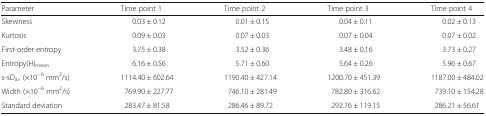
<table><thead><tr><td><b>Parameter</b></td><td><b>Time point 1</b></td><td><b>Time point 2</b></td><td><b>Time point 3</b></td><td><b>Time point 4</b></td></tr></thead><tbody><tr><td>Skewness</td><td>0.03 ± 0.12</td><td>0.01 ± 0.15</td><td>0.04 ± 0.11</td><td>0.02 ± 0.13</td></tr><tr><td>Kurtosis</td><td>0.09 ± 0.03</td><td>0.07 ± 0.03</td><td>0.07 ± 0.04</td><td>0.07 ± 0.02</td></tr><tr><td>First-order entropy</td><td>3.75 ± 0.38</td><td>3.52 ± 0.36</td><td>3.48 ± 0.16</td><td>3.73 ± 0.27</td></tr><tr><td>Entropy(H)<sub>mean</sub></td><td>6.16 ± 0.56</td><td>5.71 ± 0.60</td><td>5.64 ± 0.26</td><td>5.96 ± 0.67</td></tr><tr><td>s-sD<sub>av</sub> (×10<sup>−6</sup> mm<sup>2</sup>/s)</td><td>1114.40 ± 602.64</td><td>1190.40 ± 427.14</td><td>1200.70 ± 451.39</td><td>1187.00 ± 484.02</td></tr><tr><td>Width (×10<sup>−6</sup> mm<sup>2</sup>/s)</td><td>769.90 ± 227.77</td><td>746.10 ± 281.49</td><td>782.80 ± 316.62</td><td>739.10 ± 154.28</td></tr><tr><td>Standard deviation</td><td>283.47 ± 81.58</td><td>286.46 ± 89.72</td><td>292.76 ± 119.15</td><td>286.21 ± 56.61</td></tr></tbody></table>